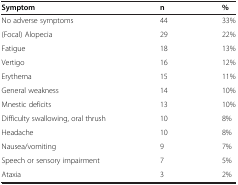
| Symptom | n | % |
 | --- | --- | --- |
 | No adverse symptoms | 44 | 33% |
 | (Focal) Alopecia | 29 | 22% |
 | Fatigue | 18 | 13% |
 | Vertigo | 16 | 12% |
 | Erythema | 15 | 11% |
 | General weakness | 14 | 10% |
 | Mnestic deficits | 13 | 10% |
 | Difficulty swallowing, oral thrush | 10 | 8% |
 | Headache | 10 | 8% |
 | Nausea/vomiting | 9 | 7% |
 | Speech or sensory impairment | 7 | 5% |
 | Ataxia | 3 | 2% |